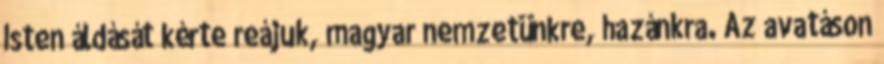
Isten áldását kérte reájuk, magyar nemzetünkre, hazánkra. Az avatáson